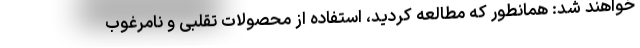
خواهند شد: همانطور که مطالعه کردید، استفاده از محصولات تقلبی و نامرغوب